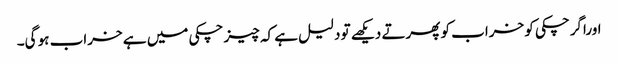
اوراگرچکی کو خراب کو پھرتے دیکھے تو دلیل ہے کہ چیز چکی میں ہے خراب ہو گی۔